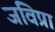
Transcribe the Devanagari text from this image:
जविप्रा